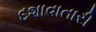
દશાવાતારી